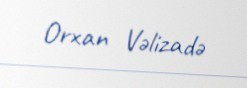
Orxan Vəlizadə